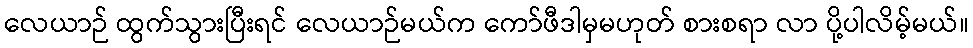
လေယာဉ် ထွက်သွားပြီးရင် လေယာဉ်မယ်က ကော်ဖီဒါမှမဟုတ် စားစရာ လာ ပို့ပါလိမ့်မယ်။